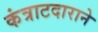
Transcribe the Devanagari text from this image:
कंत्राटदाराने